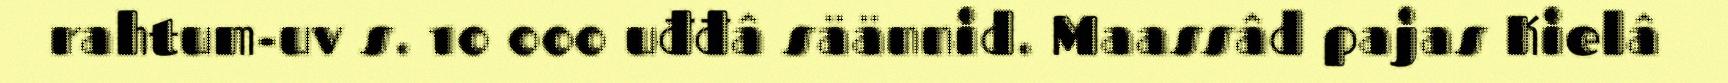
rahtum-uv s. 10 000 uđđâ säännid. Maassâd pajas Kielâ